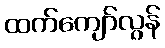
ထက်ကျော်လွန်